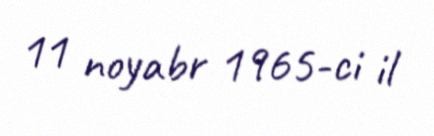
11 noyabr 1965-ci il